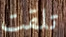
تلقت